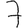
Digit: 7